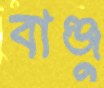
বাঞ্জু